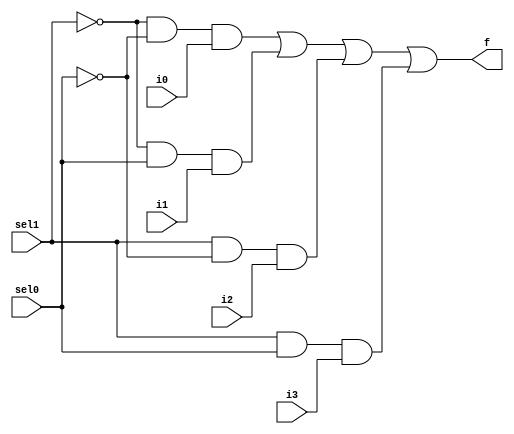
// #######################################################################
// # Copyright (C)                                                       #
// # 2023 Nima Akbarzade (iw4p@protonmail.com)                           #
// # Permission given to modify the code as long as you keep this        #
// # declaration at the top                                              #
// #######################################################################

module mux4to1(sel1, sel0, i0, i1, i2, i3 , f);
  input sel1, sel0, i0, i1, i2, i3;
  output f;
  wire w1, w2, w3, w4, nsel1, nsel0;
  not(nsel1, sel1);
  not(nsel0, sel0);
  
  and(w1, nsel1, nsel0, i0);
  and(w2, nsel1, sel0, i1);
  and(w3, sel1, nsel0, i2);
  and(w4, sel1, sel0, i3);
  
  or(f, w1, w2, w3, w4);
  
endmodule

module mux4to1_8bit(sel1, sel0, i0, i1, i2, i3 , f);
  input sel1, sel0;
  input [7:0]i3, i2, i1, i0;
  output [7:0]f;

  mux4to1 mux1(.sel1(sel1), .sel0(sel0), .i0(i0[0]), .i1(i1[0]), .i2(i2[0]), .i3(i3[0]), .f(f[0]));
  mux4to1 mux2(.sel1(sel1), .sel0(sel0), .i0(i0[1]), .i1(i1[1]), .i2(i2[1]), .i3(i3[1]), .f(f[1]));
  mux4to1 mux3(.sel1(sel1), .sel0(sel0), .i0(i0[2]), .i1(i1[2]), .i2(i2[2]), .i3(i3[2]), .f(f[2]));
  mux4to1 mux4(.sel1(sel1), .sel0(sel0), .i0(i0[3]), .i1(i1[3]), .i2(i2[3]), .i3(i3[3]), .f(f[3]));
  mux4to1 mux5(.sel1(sel1), .sel0(sel0), .i0(i0[4]), .i1(i1[4]), .i2(i2[4]), .i3(i3[4]), .f(f[4]));
  mux4to1 mux6(.sel1(sel1), .sel0(sel0), .i0(i0[5]), .i1(i1[5]), .i2(i2[5]), .i3(i3[5]), .f(f[5]));
  mux4to1 mux7(.sel1(sel1), .sel0(sel0), .i0(i0[6]), .i1(i1[6]), .i2(i2[6]), .i3(i3[6]), .f(f[6]));
  mux4to1 mux8(.sel1(sel1), .sel0(sel0), .i0(i0[7]), .i1(i1[7]), .i2(i2[7]), .i3(i3[7]), .f(f[7]));

endmodule

module logicUnit8bit(x, y, sel1, sel0, f);
  input [7:0]x, y;
  input sel0, sel1;
  output [7:0]f;

  wire [7:0]xOry, xAndy, xXory, xNot;
  wire w1, w2, w3, w4;

  or(xOry[0], x[0], y[0]);
  or(xOry[1], x[1], y[1]);
  or(xOry[2], x[2], y[2]);
  or(xOry[3], x[3], y[3]);
  or(xOry[4], x[4], y[4]);
  or(xOry[5], x[5], y[5]);
  or(xOry[6], x[6], y[6]);
  or(xOry[7], x[7], y[7]);

  and(xAndy[0], x[0], y[0]);
  and(xAndy[1], x[1], y[1]);
  and(xAndy[2], x[2], y[2]);
  and(xAndy[3], x[3], y[3]);
  and(xAndy[4], x[4], y[4]);
  and(xAndy[5], x[5], y[5]);
  and(xAndy[6], x[6], y[6]);
  and(xAndy[7], x[7], y[7]);

  xor(xXory[0], x[0], y[0]);
  xor(xXory[1], x[1], y[1]);
  xor(xXory[2], x[2], y[2]);
  xor(xXory[3], x[3], y[3]);
  xor(xXory[4], x[4], y[4]);
  xor(xXory[5], x[5], y[5]);
  xor(xXory[6], x[6], y[6]);
  xor(xXory[7], x[7], y[7]);

  not(xNot[0], x[0]);
  not(xNot[1], x[1]);
  not(xNot[2], x[2]);
  not(xNot[3], x[3]);
  not(xNot[4], x[4]);
  not(xNot[5], x[5]);
  not(xNot[6], x[6]);
  not(xNot[7], x[7]);
  mux4to1_8bit mux4to1(.sel1(sel1), .sel0(sel0), .i0(xOry), .i1(xAndy), .i2(xXory), .i3(xNot), .f(f));
endmodule

module test_logicUnit8bit;
  reg [7:0]xt, yt;
  reg sel1t, sel0t;
  wire [7:0]ft;
  logicUnit8bit lu8bit(.x(xt), .y(yt), .sel1(sel1t), .sel0(sel0t), .f(ft));
  initial begin
    $monitor("x=%b, y=%b, sel1=%b, sel0=%b => f=%b", xt, yt, sel1t, sel0t, ft);
    xt=8'b01101100; yt=8'b00010111; sel1t=1'b0; sel0t=1'b0;
    #10
    xt=8'b01101100; yt=8'b00010111; sel1t=1'b0; sel0t=1'b1;
    #10
    xt=8'b01101100; yt=8'b00010111; sel1t=1'b1; sel0t=1'b0;
    #10
    xt=8'b01101100; yt=8'b00010111; sel1t=1'b1; sel0t=1'b1; 
  end
endmodule